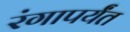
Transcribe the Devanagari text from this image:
रंगापर्यंत